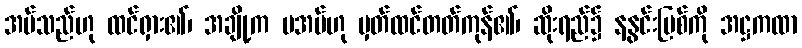
အပ်သည်ဟု ထင်ရှား၏၊ အချို့က မအပ်ဟု မှတ်ထင်တတ်ကုန်၏၊ ဆိုးရည်၌ နနွင်းမြစ်ကို အဋ္ဌကထာ